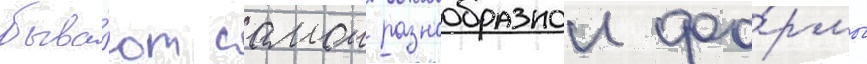
быва́ют самои разнообразнои фо́рмы